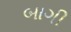
બાગી